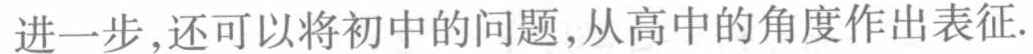
进一步,还可以将初中的问题,从高中的角度作出表征.